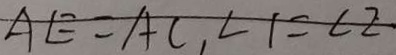
A E = A C , \angle 1 = \angle 2